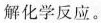
解化学反应。